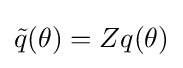
{\tilde {q}}(\theta )=Zq(\theta )